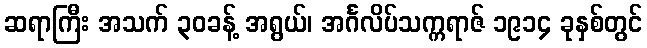
ဆရာကြီး အသက် ၃၀ခန့် အရွယ်၊ အင်္ဂလိပ်သက္ကရာဇ် ၁၉၁၄ ခုနှစ်တွင်